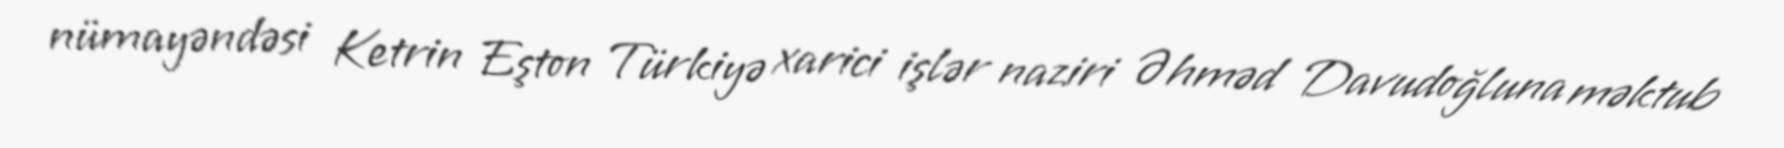
nümayəndəsi Ketrin Eşton Türkiyə xarici işlər naziri Əhməd Davudoğluna məktub